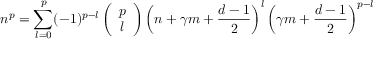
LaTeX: n ^ { p } = \sum _ { l = 0 } ^ { p } ( - 1 ) ^ { p - l } \left( \begin{array} { c } { { p } } \\ { { l } } \end{array} \right) \left( n + \gamma m + { \frac { d - 1 } { 2 } } \right) ^ { l } \left( \gamma m + { \frac { d - 1 } { 2 } } \right) ^ { p - l }